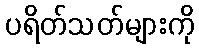
ပရိတ်သတ်များကို